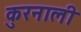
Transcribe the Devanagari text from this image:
कुरनाली